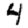
Digit: 4